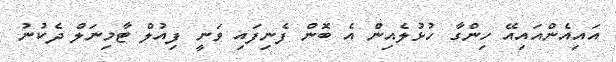
އައިއެންއައިއޭ ހިންގާ ހުޅުލެއިން އެ ބޮން ފެނިފައި ވަނީ ފިއުލް ޓާމިނަލް ދެކުނު